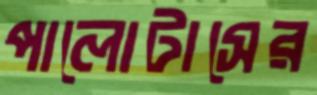
পালোটাসের